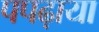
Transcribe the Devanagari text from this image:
पपढ़ाया